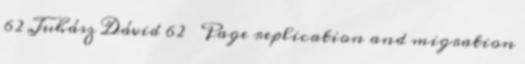
62 Juhász Dávid 62 Page replication and migration